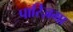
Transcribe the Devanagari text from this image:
पारिज़गा